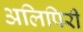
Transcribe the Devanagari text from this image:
अलिपिरी